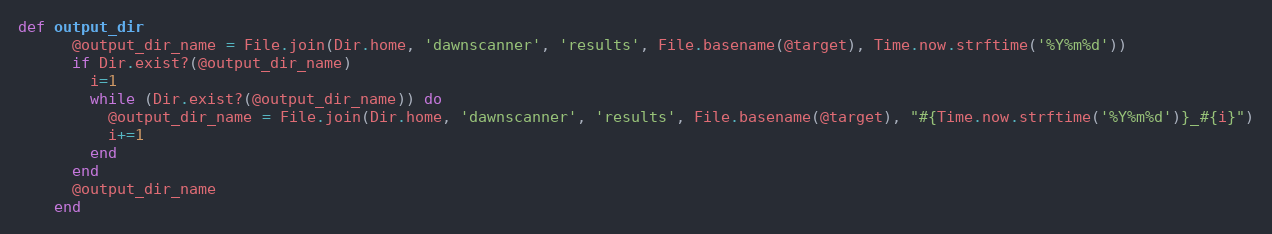
Language: Ruby
def output_dir
      @output_dir_name = File.join(Dir.home, 'dawnscanner', 'results', File.basename(@target), Time.now.strftime('%Y%m%d'))
      if Dir.exist?(@output_dir_name)
        i=1
        while (Dir.exist?(@output_dir_name)) do
          @output_dir_name = File.join(Dir.home, 'dawnscanner', 'results', File.basename(@target), "#{Time.now.strftime('%Y%m%d')}_#{i}")
          i+=1
        end
      end
      @output_dir_name
    end